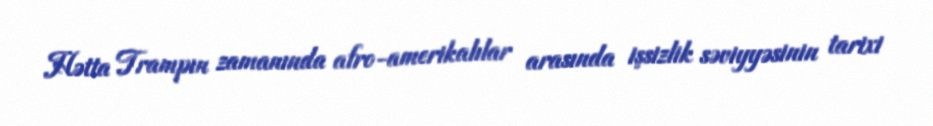
Hətta Trampın zamanında afro-amerikalılar arasında işsizlik səviyyəsinin tarixi